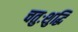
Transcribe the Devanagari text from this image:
चतुःशुद्धि